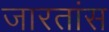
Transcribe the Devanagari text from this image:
जारतांस